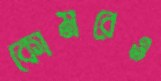
কোমরেও